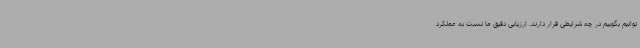
توانیم بگوییم در چه شرایطی قرار دارند. ارزیابی دقیق ما نسبت به عملکرد